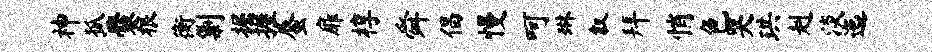
神狐爨根衡剿掘握蜃扉椁舜倡慢呵琳叙拜悄色哭珙赳淡迤